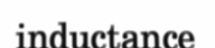
inductance